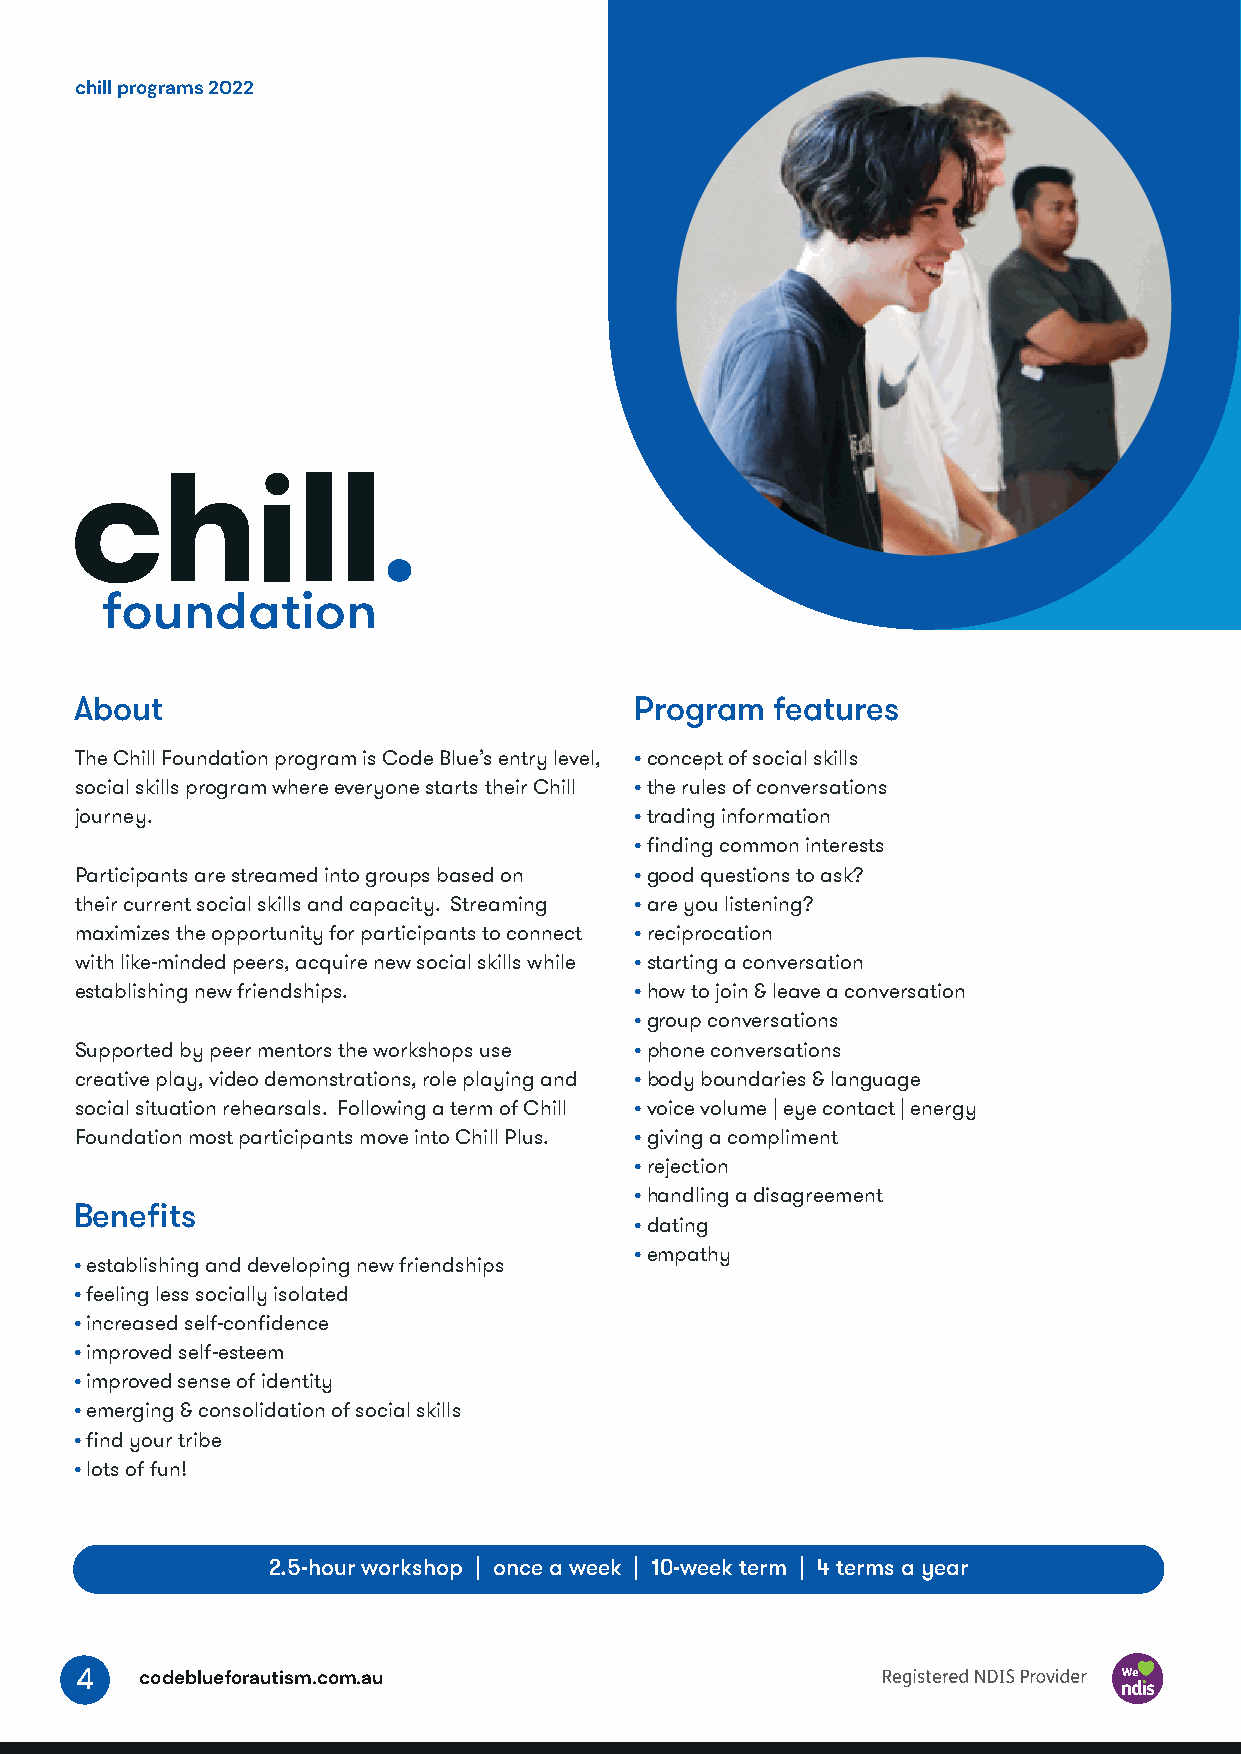
chill programs 2022
 About                                Program  features
 The Chill Foundation program is Code Blue’s entry level, • concept of social skills
 social skills program where everyone starts their Chill • the rules of conversations
 journey.                             • trading information
 • finding common interests
 Participants are streamed into groups based on • good questions to ask?
 their current social skills and capacity. Streaming • are you listening?
 maximizes the opportunity for participants to connect • reciprocation
 with like-minded peers, acquire new social skills while • starting a conversation
 establishing new friendships.        • how to join & leave a conversation
 • group conversations
 Supported by peer mentors the workshops use • phone conversations
 creative play, video demonstrations, role playing and • body boundaries & language
 social situation rehearsals. Following a term of Chill • voice volume | eye contact | energy
 Foundation most participants move into Chill Plus. • giving a compliment
 • rejection
 • handling a disagreement
 Benefits
 • dating
 • empathy
 • establishing and developing new friendships
 • feeling less socially isolated
 • increased self-confidence
 • improved self-esteem
 • improved sense of identity
 • emerging & consolidation of social skills
 • find your tribe
 • lots of fun!
 2.5-hour workshop | once a week | 10-week term | 4 terms a year
 4   codeblueforautism.com.au